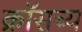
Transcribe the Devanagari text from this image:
क्रॉसच्य